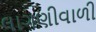
લાગણીવાળી